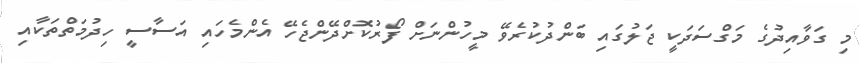
މި ގަވާއިދުގެ މަގްސަދަކީ ޖަލުގައި ބަންދުކުރެވޭ މީހުންނަށް ފޯރުކޮށްދޭންޖެހޭ އެންމެހައި އަސާސީ ހިދުމަތްތަކާއި